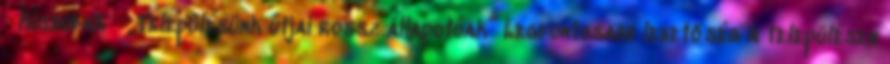
▪Kisbodak ▪„Településünk útjai rossz állapotúak” Legfontosabb lehetőség a településen